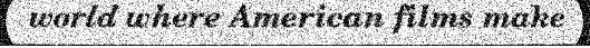
world where American films make